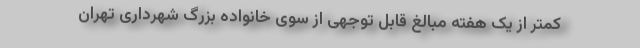
کمتر از یک هفته مبالغ قابل توجهی از سوی خانواده بزرگ شهرداری تهران